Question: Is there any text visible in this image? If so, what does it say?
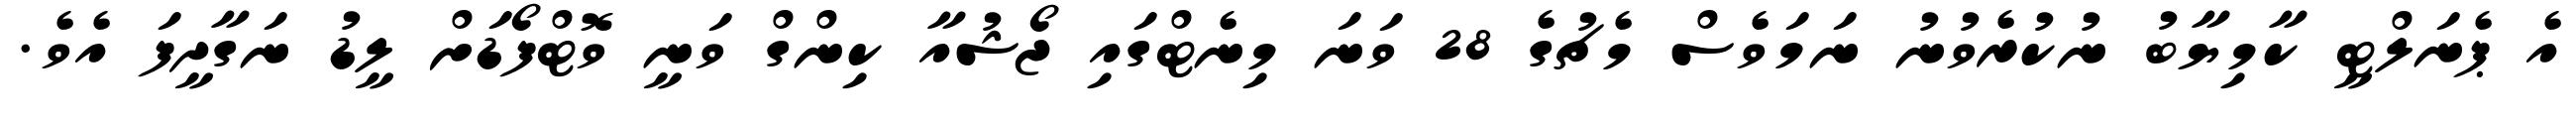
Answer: އެ ޕެނަލްޓީ ކާމިޔާބު ނުކުރެވުނު ނަމަވެސް މެޗުގެ 28 ވަނަ މިނެޓްގައި ޖޯޝުއާ ކިންގް ވަނީ ވޮޓްފޯޑަށް ލީޑު ނަގާދީފަ އެވެ.